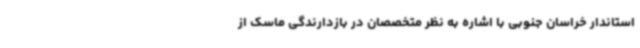
استاندار خراسان جنوبی با اشاره به نظر متخصصان در بازدارندگی ماسک از